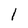
Character: 1